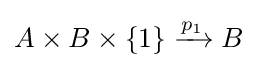
{A\times B\times \{1\}}\xrightarrow {p_{1}} B